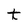
Character: t